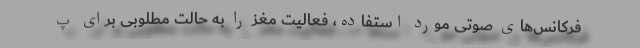
فرکانس‌های صوتی مورد استفاده، فعالیت مغز را به حالت مطلوبی برای پ